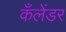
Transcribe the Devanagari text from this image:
कँलेंडर